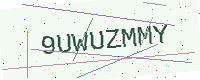
Text: 9UWUZMMY